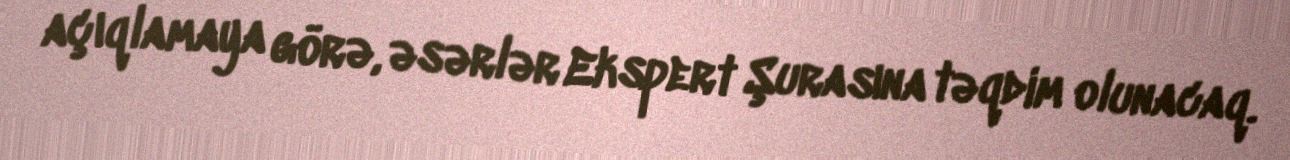
açıqlamaya görə, əsərlər Ekspert Şurasına təqdim olunacaq.